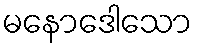
မနောဒေါသော